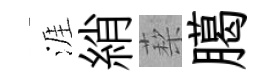
涯綃蔾臈